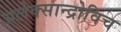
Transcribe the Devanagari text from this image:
अलेक्सान्द्रोविच